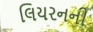
લિયરનની